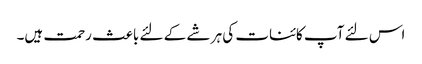
اس لئے آپ کائنات کی ہر شے کے لئے باعث رحمت ہیں۔